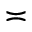
\asymp